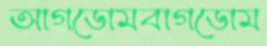
আগডোমবাগডোম